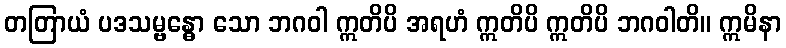
တတြာယံ ပဒသမ္ဗန္ဓော သော ဘဂဝါ ဣတိပိ အရဟံ ဣတိပိ ဣတိပိ ဘဂဝါတိ။ ဣမိနာ